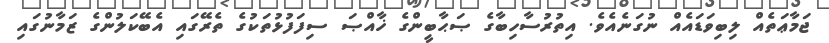
ޖަމާޢަތެއް ލިބިވަޑައެއް ނުގަނެއެވެ. އިތުރުސާހިބާގެ ޞަޙާބީންގެ ޚާއްޞަ ސިފަފުޅުތަކުގެ ތެރޭގައި އެބޭކަލުންގެ ޒަމާނުގައި